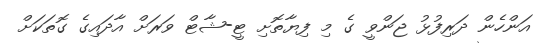
އަންހެން ދަރިފުޅު ޖަންވީ ގެ މި ފިޔާތޮށި ޓީ-ޝާޓް ވަރަށް އާދައިގެ ގޮތަކަށް